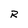
Character: R